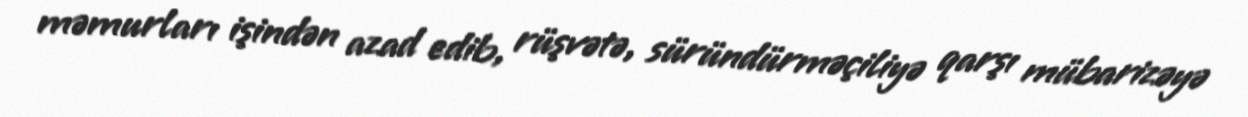
məmurları işindən azad edib, rüşvətə, süründürməçiliyə qarşı mübarizəyə